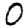
Digit: 0